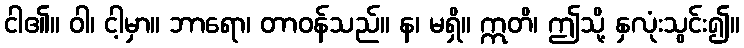
ငါ၏။ ဝါ၊ ငါ့မှာ။ ဘာရော၊ တာဝန်သည်။ န၊ မရှိ။ ဣတိ၊ ဤသို့ နှလုံးသွင်း၍။